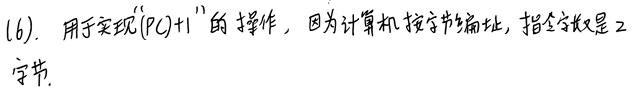
(6). 用于实现“(PC)+1”的操作，因为计算机按字节编址，指令字长是2字节.